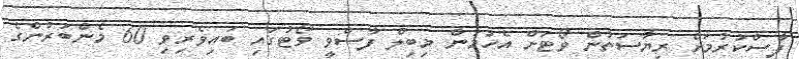
ފާސްކުރުމަށް ރިޔާސަތުން ވޯޓަށް އެހުމުން މިބިލް ފާސްވީ ވޯޓުގައި ބައިވެރިވި 60 މެންބަރުންގެ